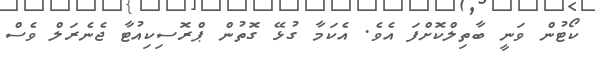
ކޯޓުން ވަނީ ބާތިލްކޮށްފަ އެވެ. އެކަމާ ގުޅޭ ގޮތުން ޕްރޮސިކިއުޓާ ޖެނެރަލް ވެސް